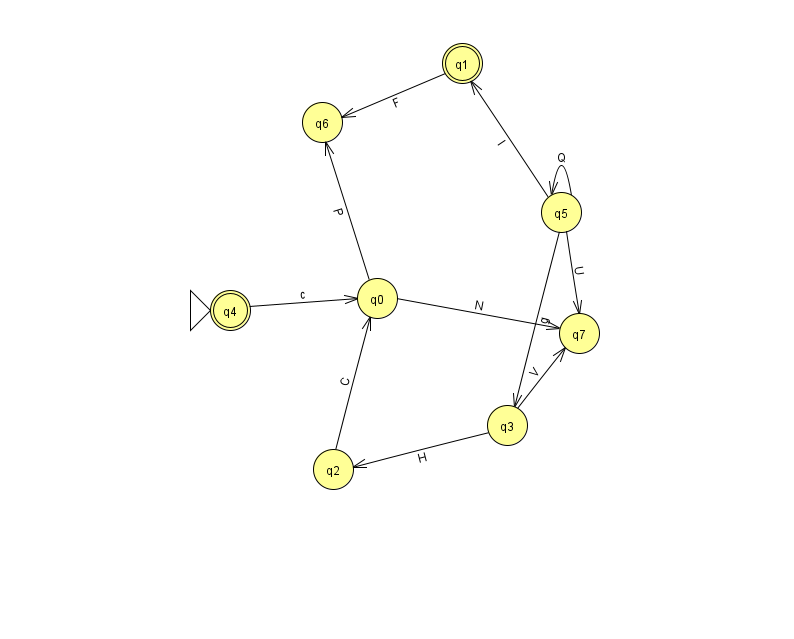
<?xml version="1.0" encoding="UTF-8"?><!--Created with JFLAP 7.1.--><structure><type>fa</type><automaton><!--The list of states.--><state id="0" name="q0"><x>377.0</x><y>285.0</y></state><state id="1" name="q1"><x>462.0</x><y>50.0</y><final/></state><state id="2" name="q2"><x>333.0</x><y>456.0</y></state><state id="3" name="q3"><x>507.0</x><y>412.0</y></state><state id="4" name="q4"><x>230.0</x><y>297.0</y><initial/><final/></state><state id="5" name="q5"><x>561.0</x><y>199.0</y></state><state id="6" name="q6"><x>322.0</x><y>109.0</y></state><state id="7" name="q7"><x>579.0</x><y>320.0</y></state><!--The list of transitions.--><transition><from>2</from><to>0</to><read>C</read></transition><transition><from>5</from><to>3</to><read>g</read></transition><transition><from>3</from><to>7</to><read>V</read></transition><transition><from>5</from><to>5</to><read>Q</read></transition><transition><from>0</from><to>6</to><read>P</read></transition><transition><from>5</from><to>1</to><read>l</read></transition><transition><from>5</from><to>7</to><read>U</read></transition><transition><from>1</from><to>6</to><read>F</read></transition><transition><from>3</from><to>2</to><read>H</read></transition><transition><from>0</from><to>7</to><read>N</read></transition><transition><from>4</from><to>0</to><read>c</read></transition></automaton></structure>